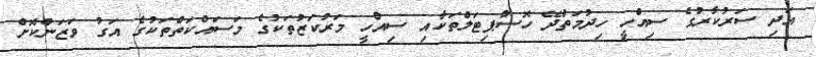
އަދި ސަރުކާރުގެ ސިއްހީ ހިދުމަތްދޭ ހޮސްޕިޓަލްތަކާއި ސިއްހީ މަރުކަޒުތަކުގެ މަސައްކަތްތަކުގެ އަގު ވަޒަންކޮށް